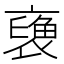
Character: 𧜪